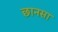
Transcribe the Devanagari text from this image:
छानसा